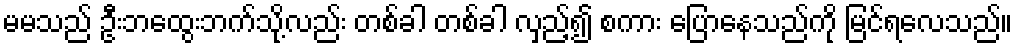
မမသည် ဦးဘထွေးဘက်သို့လည်း တစ်ခါ တစ်ခါ လှည့်၍ စကား ပြောနေသည်ကို မြင်ရလေသည်။